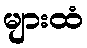
များထံ